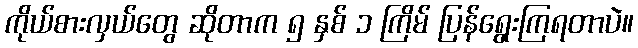
ကိုယ်စားလှယ်တွေ ဆိုတာက ၅ နှစ် ၁ ကြိမ် ပြန်ရွေးကြရတာပဲ။